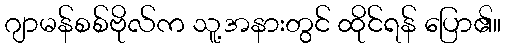
ဂျာမန်စစ်ဗိုလ်က သူ့အနားတွင် ထိုင်ရန် ပြော၏။